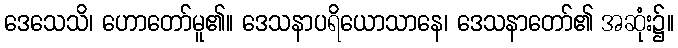
ဒေသေသိ၊ ဟောတော်မူ၏။ ဒေသနာပရိယောသာနေ၊ ဒေသနာတော်၏ အဆုံး၌။